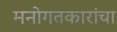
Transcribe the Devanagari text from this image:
मनोगतकारांचा